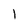
Character: l